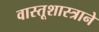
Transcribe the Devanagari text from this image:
वास्तूशास्त्राने